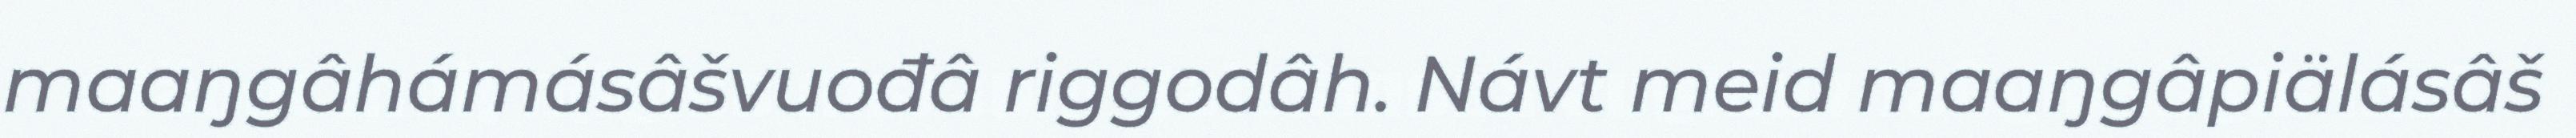
maaŋgâhámásâšvuođâ riggodâh. Návt meid maaŋgâpiälásâš